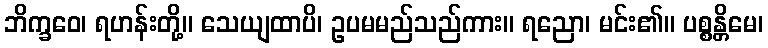
ဘိက္ခဝေ၊ ရဟန်းတို့။ သေယျထာပိ၊ ဥပမမည်သည်ကား။ ရညော၊ မင်း၏။ ပစ္စန္တိမေ၊